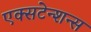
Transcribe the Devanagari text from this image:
एक्सटेन्शन्स